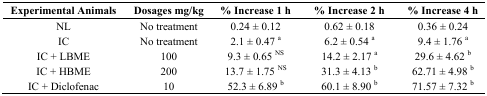
| Experimental Animals | Dosages mg/kg | % Increase 1 h | % Increase 2 h | % Increase 4 h |
 | --- | --- | --- | --- | --- |
 | NL | No treatment | 0.24 ± 0.12 | 0.62 ± 0.18 | 0.36 ± 0.24 |
 | IC | No treatment | 2.1 ± 0.47 a | 6.2 ± 0.54 a | 9.4 ± 1.76 a |
 | IC + LBME | 100 | 9.3 ± 0.65 NS | 14.2 ± 2.17 a | 29.6 ± 4.62 b |
 | IC + HBME | 200 | 13.7 ± 1.75 NS | 31.3 ± 4.13 b | 62.71 ± 4.98 b |
 | IC + Diclofenac | 10 | 52.3 ± 6.89 b | 60.1 ± 8.90 b | 71.57 ± 7.32 b |